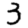
Digit: 3